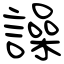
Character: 譟